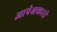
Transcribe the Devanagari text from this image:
आपेक्षकारी